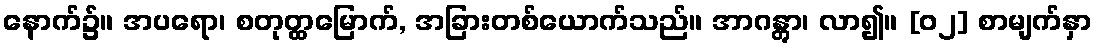
နောက်၌။ အပရော၊ စတုတ္ထမြောက်, အခြားတစ်ယောက်သည်။ အာဂန္တွာ၊ လာ၍။ [၀၂] စာမျက်နှာ